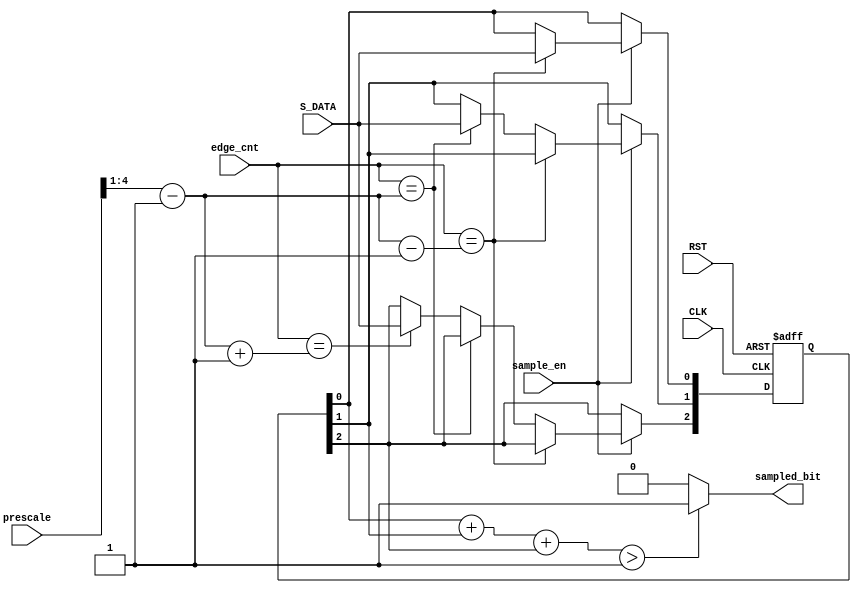
`timescale 1ns / 1ps
//////////////////////////////////////////////////////////////////////////////////
// Company: 
// Engineer: 
// 
// Design Name: 
// Module Name: DATA_SAMPLING (UART-RX)
// Project Name: LowPowerMultiClockDigtialCommuSys
// Target Devices: 
// Tool Versions: 
// Description: 
// 
// Dependencies: 
// 
// Revision:
// Revision 0.01 - File Created
// Additional Comments:
// 
//////////////////////////////////////////////////////////////////////////////////
module DATA_SAMPLING #(
    parameter EDGE_CNT_WIDTH  = 3,
    parameter PRESCALE_WIDTH  = 5 
    ) (
    input   wire                                CLK,
    input   wire                                RST,
    input   wire                                S_DATA,
    input   wire    [EDGE_CNT_WIDTH-1 : 0]      edge_cnt,
    input   wire                                sample_en,
    input   wire    [PRESCALE_WIDTH-1 : 0]      prescale,
    output  reg                                 sampled_bit
    );

    reg             [2                : 0]      bit_samples;
    reg             [2                : 0]      ones_num;

    wire            [PRESCALE_WIDTH-1 : 0]      half_prescale;

    wire            [PRESCALE_WIDTH-1 : 0]      edge_before_mid;
    wire            [PRESCALE_WIDTH-1 : 0]      edge_mid;
    wire            [PRESCALE_WIDTH-1 : 0]      edge_after_mid;


    assign half_prescale    = prescale>>1;
    assign edge_mid         = half_prescale - 1;
    assign edge_before_mid  = edge_mid - 1;
    assign edge_after_mid   = edge_mid + 1;
    

    always @(posedge CLK, negedge RST)
    begin
        if(~RST)
            bit_samples <= 'b0;
        else if(sample_en) begin
            if(edge_cnt == edge_before_mid)         // sample before the middle
                bit_samples[0] <= S_DATA;
            else if(edge_cnt == edge_mid)           // sample at the middle
                bit_samples[1] <= S_DATA;
            else if(edge_cnt == edge_after_mid)     // sample after the middle
                bit_samples[2] <= S_DATA;
            else
                bit_samples <= bit_samples;
        end
        else
            bit_samples <= bit_samples;
    end


    always @(*)
    begin
        ones_num    = bit_samples[0] + bit_samples[1] + bit_samples[2];  // Number of ONEs in the bit_samples
        sampled_bit = (ones_num > 'b1) ? 1'b1 : 1'b0;
    end



endmodule